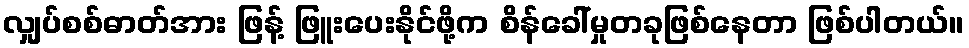
လျှပ်စစ်ဓာတ်အား ဖြန့် ဖြူးပေးနိုင်ဖို့က စိန်ခေါ်မှုတခုဖြစ်နေတာ ဖြစ်ပါတယ်။